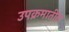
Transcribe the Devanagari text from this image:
उपक्रमातील